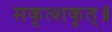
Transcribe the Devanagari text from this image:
सकृत्शकृत्॥